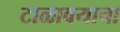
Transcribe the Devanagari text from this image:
टाळावयाचा